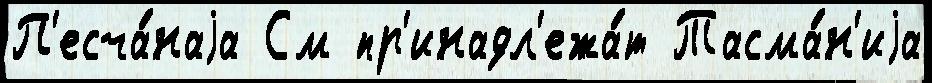
П'есча́наjа См пр'инадл'ежа́т Тасма́н'иjа